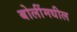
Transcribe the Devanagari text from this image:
बोलींमधील